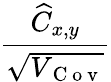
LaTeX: \frac{\widehat{C}_{x,y}}{\sqrt{V_{\mathrm{~C~o~v~}}}}